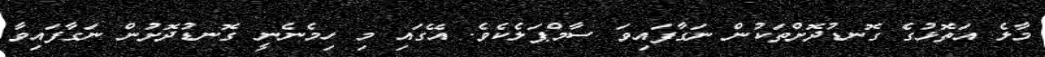
މާލެ އަތޮޅުގެ ގޮނޑުދޮށްތަކުން ނަގާފައިވަ ސާމްޕަލެކެވެ. އޭގައި މި ހިމެނެނީ ގޮނޑުދޮށުން ނަގާފައިވާ